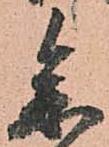
参